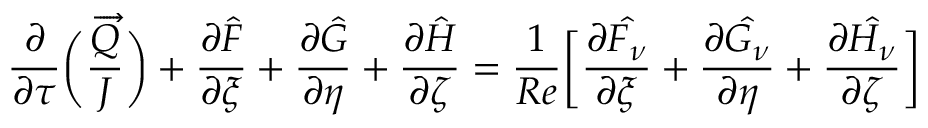
\frac { \partial } { \partial \tau } \bigg ( \frac { \overrightarrow { Q } } { J } \bigg ) + \frac { \partial \hat { F } } { \partial \xi } + \frac { \partial \hat { G } } { \partial \eta } + \frac { \partial \hat { H } } { \partial \zeta } = \frac { 1 } { R e } \bigg [ \frac { \partial \hat { F _ { \nu } } } { \partial \xi } + \frac { \partial \hat { G _ { \nu } } } { \partial \eta } + \frac { \partial \hat { H _ { \nu } } } { \partial \zeta } \bigg ]